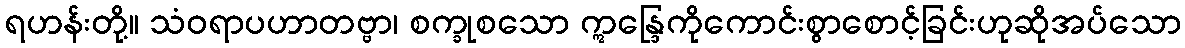
ရဟန်းတို့။ သံဝရာပဟာတဗ္ဗာ၊ စက္ခုစသော ဣန္ဒြေကိုကောင်းစွာစောင့်ခြင်းဟုဆိုအပ်သော